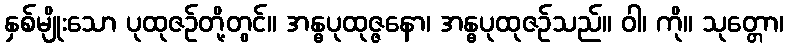
နှစ်မျိုးသော ပုထုဇဉ်တို့တွင်။ အန္ဓပုထုဇ္ဇနော၊ အန္ဓပုထုဇဉ်သည်။ ဝါ၊ ကို။ သုတ္တော၊